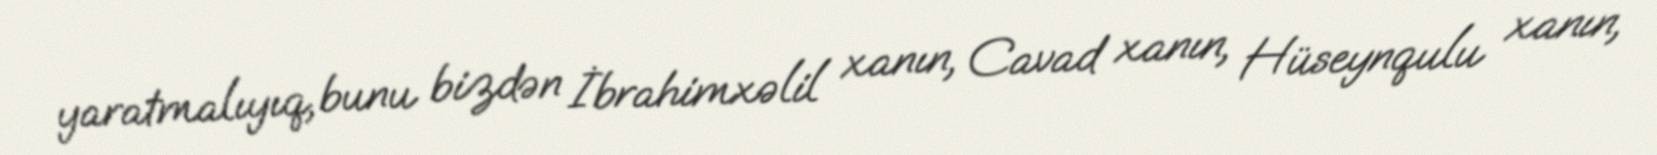
yaratmalıyıq, bunu bizdən İbrahimxəlil xanın, Cavad xanın, Hüseynqulu xanın,